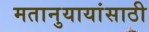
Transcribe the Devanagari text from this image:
मतानुयायांसाठी